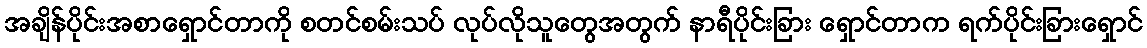
အချိန်ပိုင်းအစာရှောင်တာကို စတင်စမ်းသပ် လုပ်လိုသူတွေအတွက် နာရီပိုင်းခြား ရှောင်တာက ရက်ပိုင်းခြားရှောင်